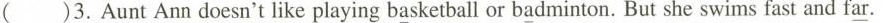
()3. Aunt Ann doesn't like playing basketball or badminton. But she swims fast and far.